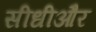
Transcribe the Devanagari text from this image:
सीधीऔर